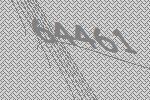
64461